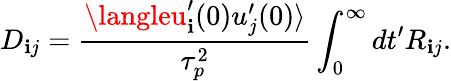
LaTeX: D_{\mathbf{i}j}=\frac{{\langleu_{\mathbf{i}}^{\prime}(0)u_{j}^{\prime}(0)\rangle}}{{\tau_{p}^{2}}}\int_{0}^{\infty}dt^{\prime}R_{\mathbf{i}j}.